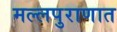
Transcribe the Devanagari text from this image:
मल्लपुराणात